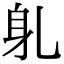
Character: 𬧠